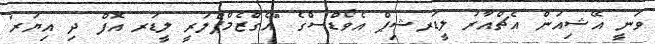
ވަނީ އޭޝިއަން އެޗްއާރު ލީޑަރޝިޕް އެވޯޑްސްގެ "އެގްޒެމްޕްލަރީ ލީޑަރ އޮފް ދި އިޔަރ"